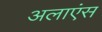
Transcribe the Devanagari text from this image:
अलाएंस